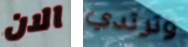
الان وترتدي